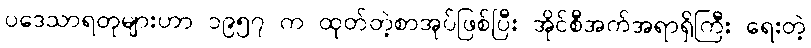
ပဒေသာရတုများဟာ ၁၉၅၇ က ထုတ်တဲ့စာအုပ်ဖြစ်ပြီး အိုင်စီအက်အရာရှိကြီး ရေးတဲ့